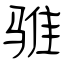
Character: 骓